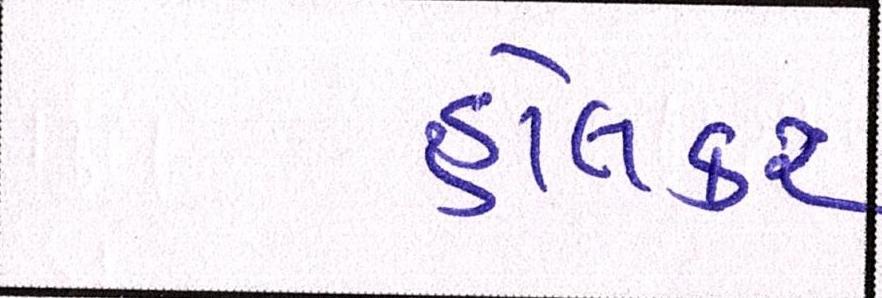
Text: હોલકર